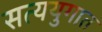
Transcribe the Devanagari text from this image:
सत्ययुगात